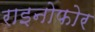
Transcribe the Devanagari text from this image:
राइनोफोर